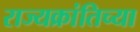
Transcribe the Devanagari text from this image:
राज्यक्रांतिच्या